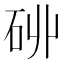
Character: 𮀑